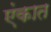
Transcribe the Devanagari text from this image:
एंकात